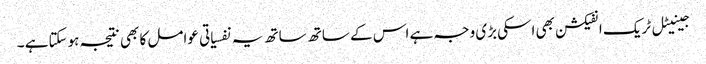
جینیٹل ٹریک انفیکشن بھی اسکی بڑی وجہ ہے اس کے ساتھ ساتھ یہ نفسیاتی عوامل کا بھی نتیجہ ہوسکتاہے ۔